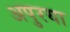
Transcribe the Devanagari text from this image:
अपुरया